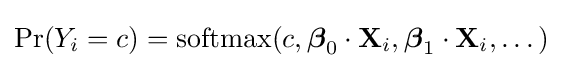
\Pr(Y_{i}=c)=\operatorname {softmax} (c,{\boldsymbol {\beta }}_{0}\cdot \mathbf {X} _{i},{\boldsymbol {\beta }}_{1}\cdot \mathbf {X} _{i},\dots )